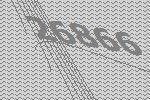
26866